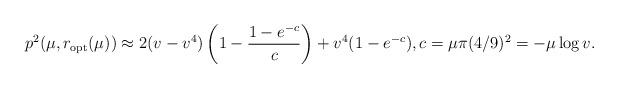
LaTeX: \begin{align*}p^2(\mu,r_{\rm opt}(\mu))\approx 2(v-v^4)\left(1-\frac{1-e^{-c}}{c}\right)+v^4 (1-e^{-c}), c=\mu \pi (4/9)^2=-\mu\log v.\end{align*}